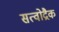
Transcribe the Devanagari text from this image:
सत्वोद्रैक